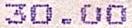
30.00